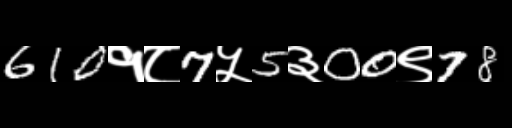
Text: 610१८7५5३00९78